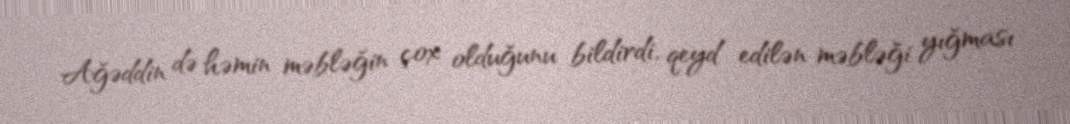
Ağəddin də həmin məbləğin çox olduğunu bildirdi, qeyd edilən məbləği yığması